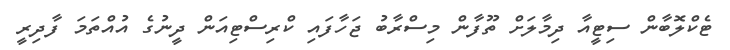
ޓެކްލޮބާން ސިޓީއާ ދިމާލަށް ތޫފާން މިސްރާބު ޖަހާފައި ކްރިސްޓިއަން ދީނުގެ އުއްތަމަ ފާދިރީ